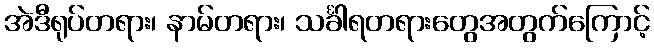
အဲဒီရုပ်တရား၊ နာမ်တရား၊ သင်္ခါရတရားတွေအတွက်ကြောင့်